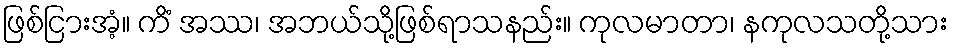
ဖြစ်ငြားအံ့။ ကိံ အဿ၊ အဘယ်သို့ဖြစ်ရာသနည်း။ ကုလမာတာ၊ နကုလသတို့သား